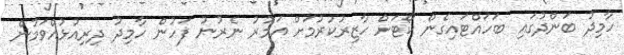
ހާމިދު ބަންދުގައި ބަހައްޓައިގެން ކޯޓަށް ހާޒިރުކުރުމަށް އަމުރު ނެރުނު ފަހުން ހާމިދު ދިރިއުޅުއްވަމުން